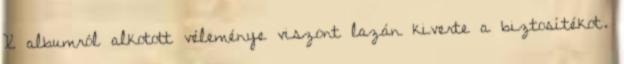
X albumról alkotott véleménye viszont lazán kiverte a biztosí­tékot.